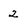
Character: 2